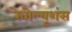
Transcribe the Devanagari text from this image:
रेवोल्यूशंस